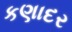
કણાદર